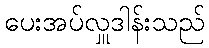
ပေးအပ်လှူဒါန်းသည်